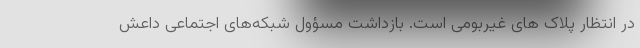
در انتظار پلاک های غیربومی است. بازداشت مسؤول شبکه‌های اجتماعی داعش